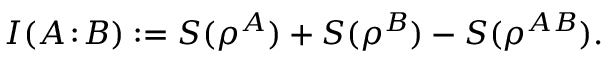
\; I ( A \! : \! B ) : = S ( \rho ^ { A } ) + S ( \rho ^ { B } ) - S ( \rho ^ { A B } ) .